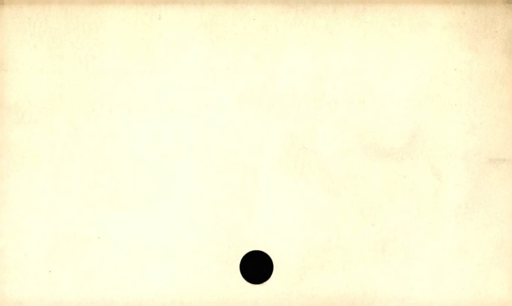
Label: blank